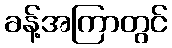
ခန့်အကြာတွင်